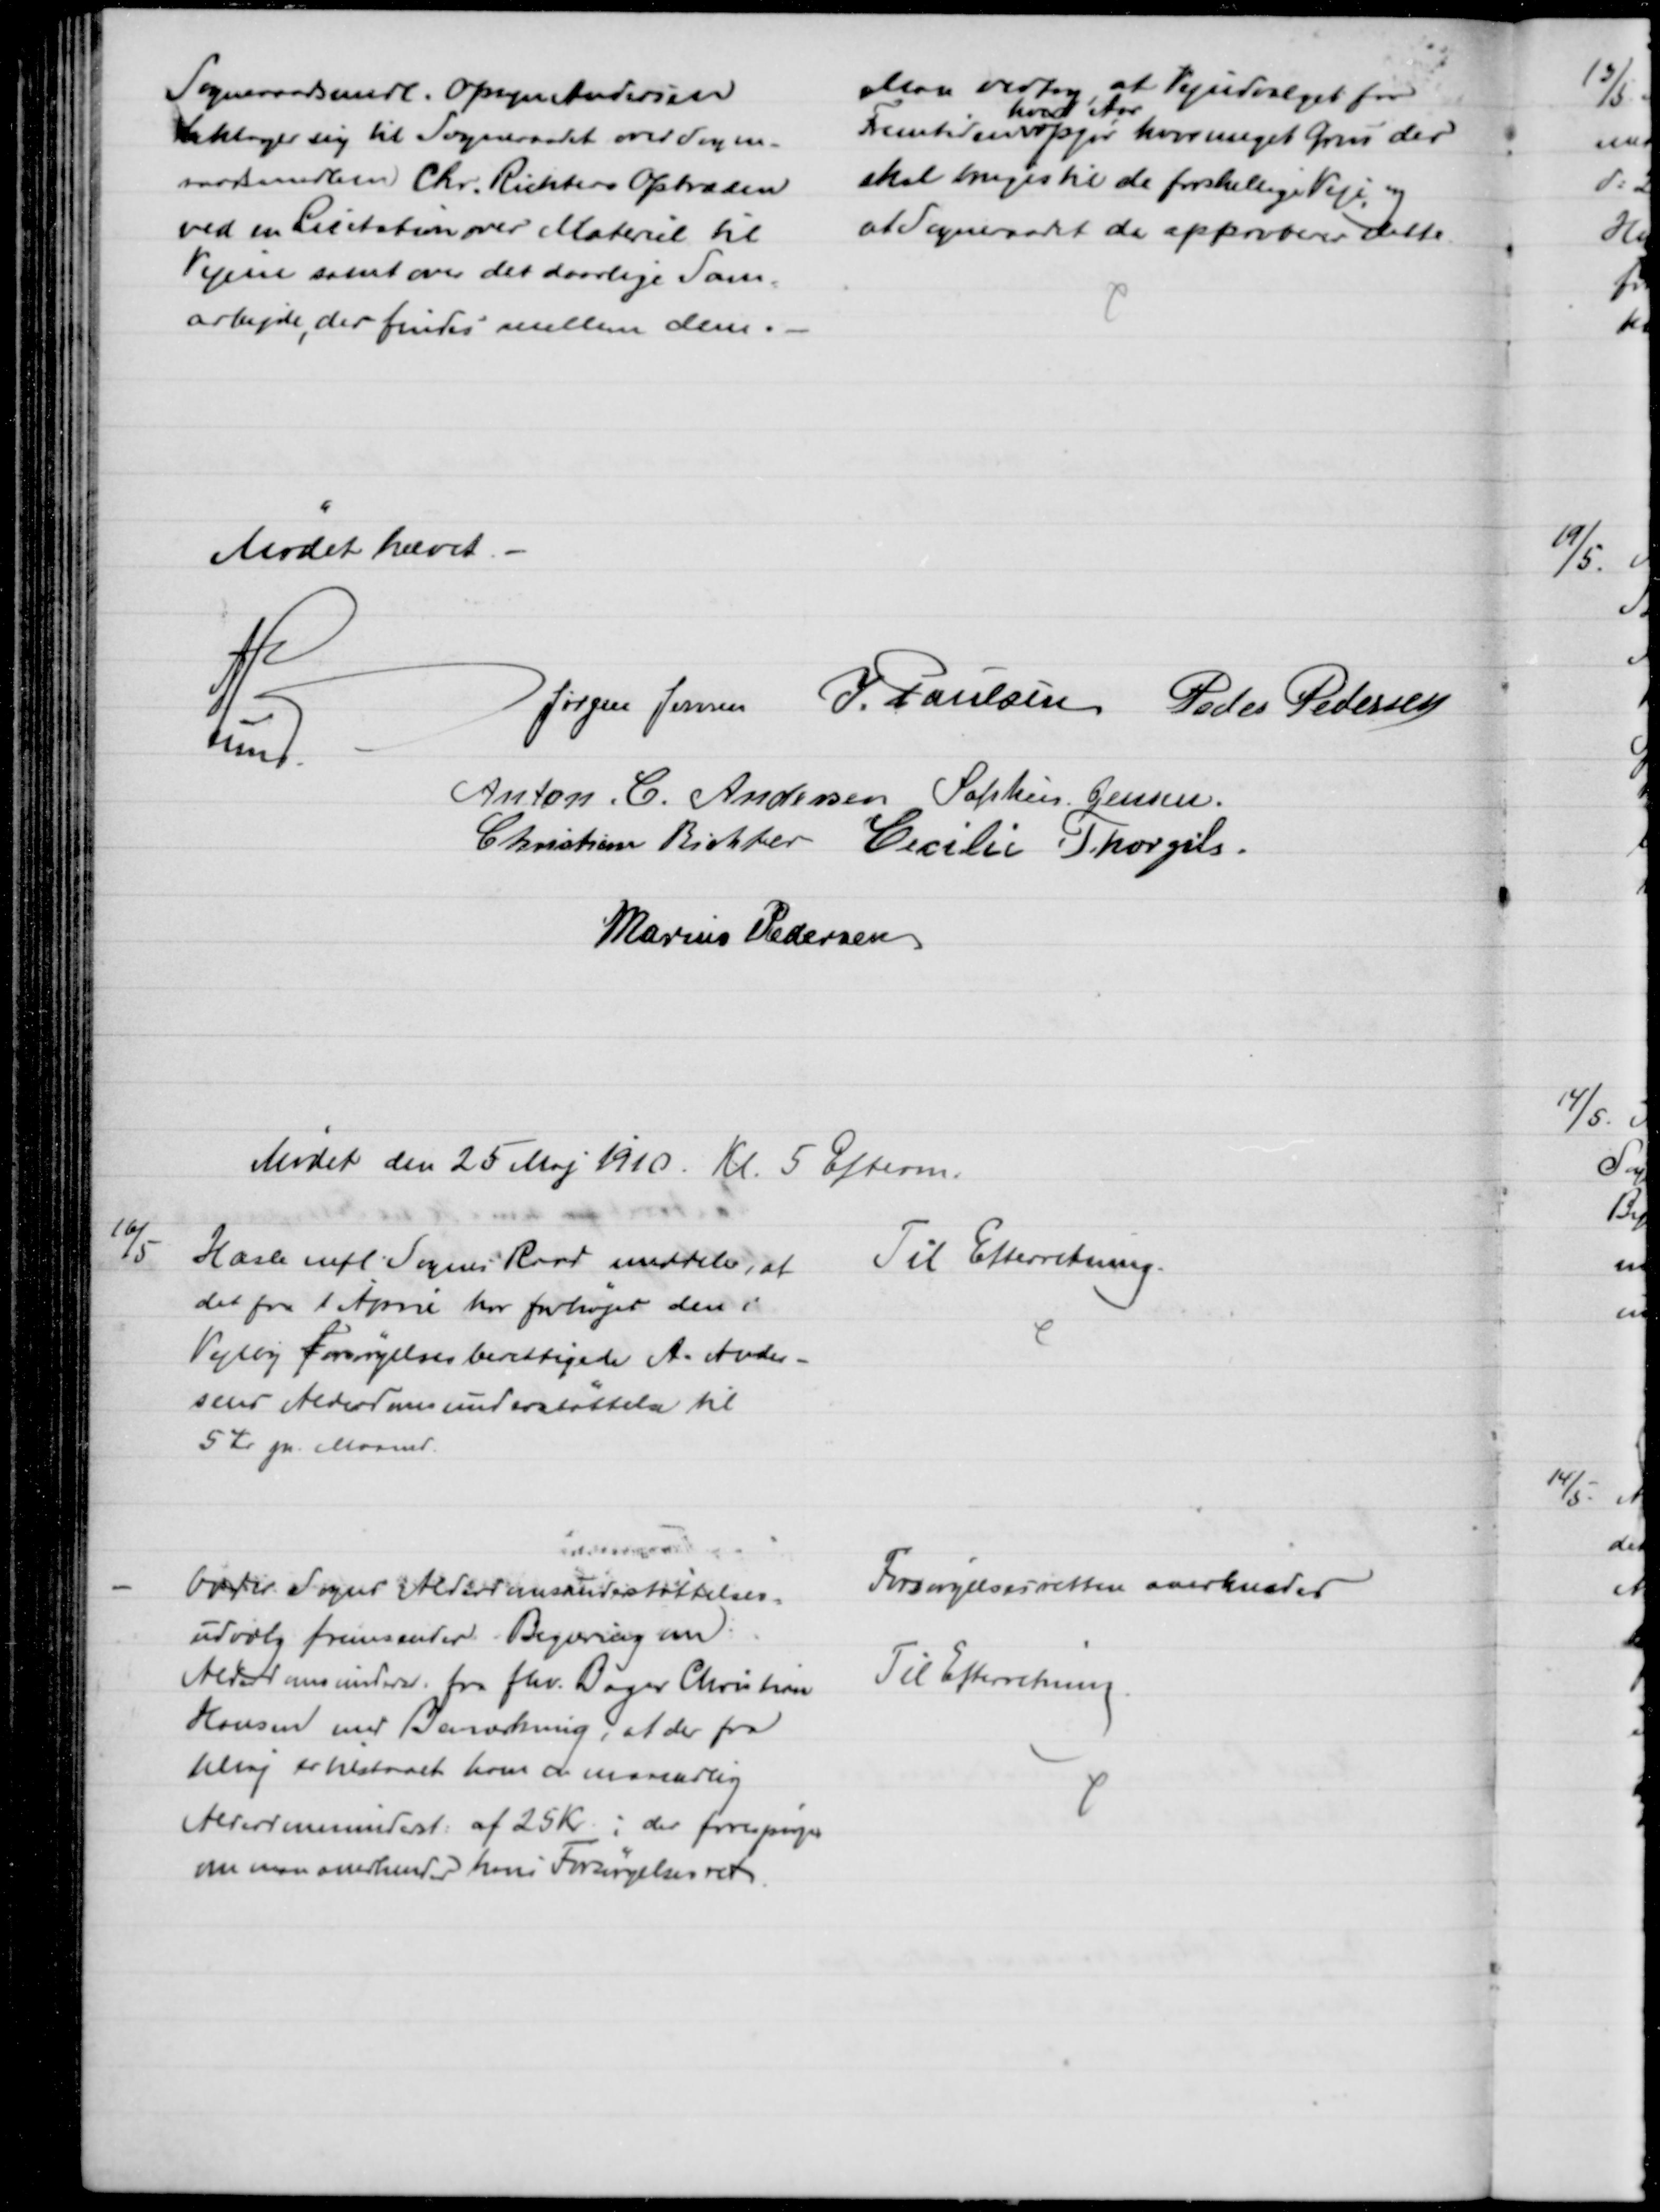
Transskription:
Sogneraadsmedl. Opsyn Andersen
beklager sig til Sogneraadet over Sogne-
raadsmedlem Chr. Richters Optræden
ved en Licitation over Materiel til
Vejene samt over det daarlige Sam-
arbejde, der findes mellem dem.
Man vedtog, at Vejudvalget for
Fremtiden
hvert Aar
opgør hvor meget Grus der
skal bruges til de forskellige Veje, og
at Sogneraadet da approberer dette.
Mødet hævet.
Jørgen Jensen J. Poulsen Peder Pedersen
A Lund.
Anton. C. Andersen Sophus Jensen.
Christian Richter Cecilie Thorgils
Marius Pedersen
Mødet den 25 Maj 1910. Kl. 5 Efterm.
16/5
Hasle mfl. Sognes Raad meddeler, at
det fra 1 April har forhøjet den i
Vejlby Forsørgelsesberettigede A. Ander-
sens Alderdomsunderstøttelse til
5 Kr pr. Maaned.
Til Efterretning.
Odder Sogns Alderdomsunderstøttelses-
udvalg fremsender Begæring om
Alderdomsunderst. for fhv. Bager Christian
Hansen med Bemærkning, at der fra
1 Maj er tilstaaet ham en månedlig
Alderdomsunderst. af 25 Kr.; der forespørges
om man anerkender hans Forsørgelsesret
Forsørgelsesretten anerkendes
Til Efterretning